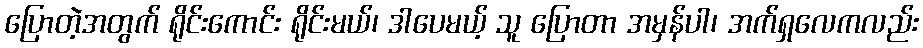
ပြောတဲ့အတွက် ရိုင်းကောင်း ရိုင်းမယ်၊ ဒါပေမယ့် သူ ပြောတာ အမှန်ပါ၊ အက်ရှလေကလည်း